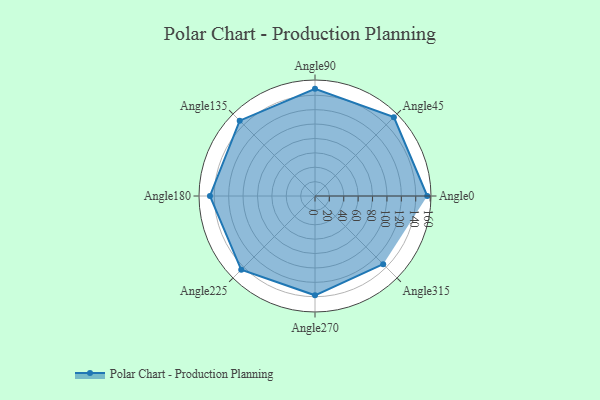
{"axis": {"x": "Angle", "y": "Radius"}, "legend": [""], "data": [{"x": "Angle0", "y": 156.0, "type": ""}, {"x": "Angle45", "y": 155.0, "type": ""}, {"x": "Angle90", "y": 149.0, "type": ""}, {"x": "Angle135", "y": 148.0, "type": ""}, {"x": "Angle180", "y": 146.0, "type": ""}, {"x": "Angle225", "y": 145.0, "type": ""}, {"x": "Angle270", "y": 138.0, "type": ""}, {"x": "Angle315", "y": 134.0, "type": ""}]}